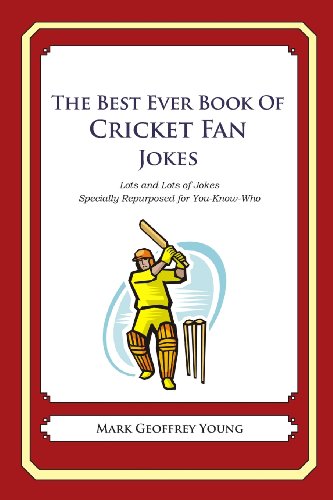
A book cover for The Best Ever Book of Cricket Fan Jokes: Lots and Lots of Jokes Specially Repurposed for You-Know-Who; Mark Geoffrey Young; Humor & Entertainment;